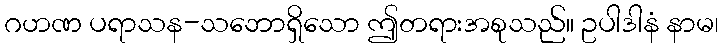
ဂဟဏ ပရာသန-သဘောရှိသော ဤတရားအစုသည်။ ဥပါဒါနံ နာမ၊